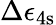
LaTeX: \Delta\epsilon_{\mathrm{4s}}